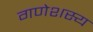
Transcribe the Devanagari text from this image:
गणेशस्य